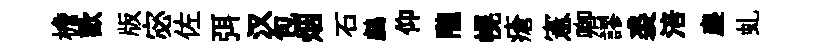
檐歡版宓佐弭汉包烟石鸕仰隴幌瘡憲卿謬裘涪塵虬